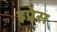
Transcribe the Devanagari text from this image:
इप्रेस